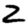
Digit: 2